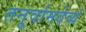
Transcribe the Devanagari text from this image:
तनूर्वामदेव्यं